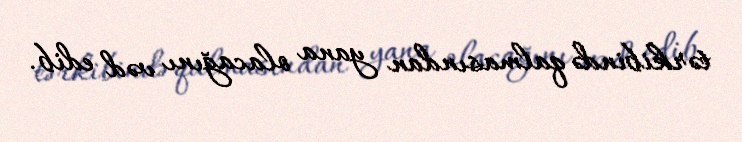
tərkibində qalmasından yana olacağını vəd edib.